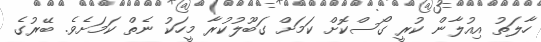
ހާލަތު އިއުލާން ކުރީ ގޯސްކޮށް ކަމަށް ގަބޫލުކުރާ މީހަކު ނެތް ކަމަށެވެ. ބޭރުގެ